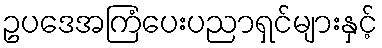
ဥပဒေအကြံပေးပညာရှင်များနှင့်